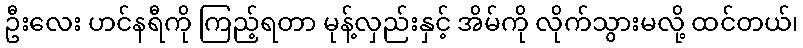
ဦးလေး ဟင်နရီကို ကြည့်ရတာ မုန့်လှည်းနှင့် အိမ်ကို လိုက်သွားမလို့ ထင်တယ်၊